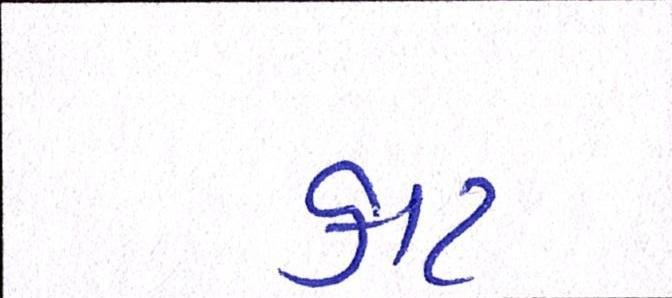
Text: કાટ